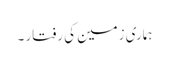
ہماری زمین کی رفتار ۔